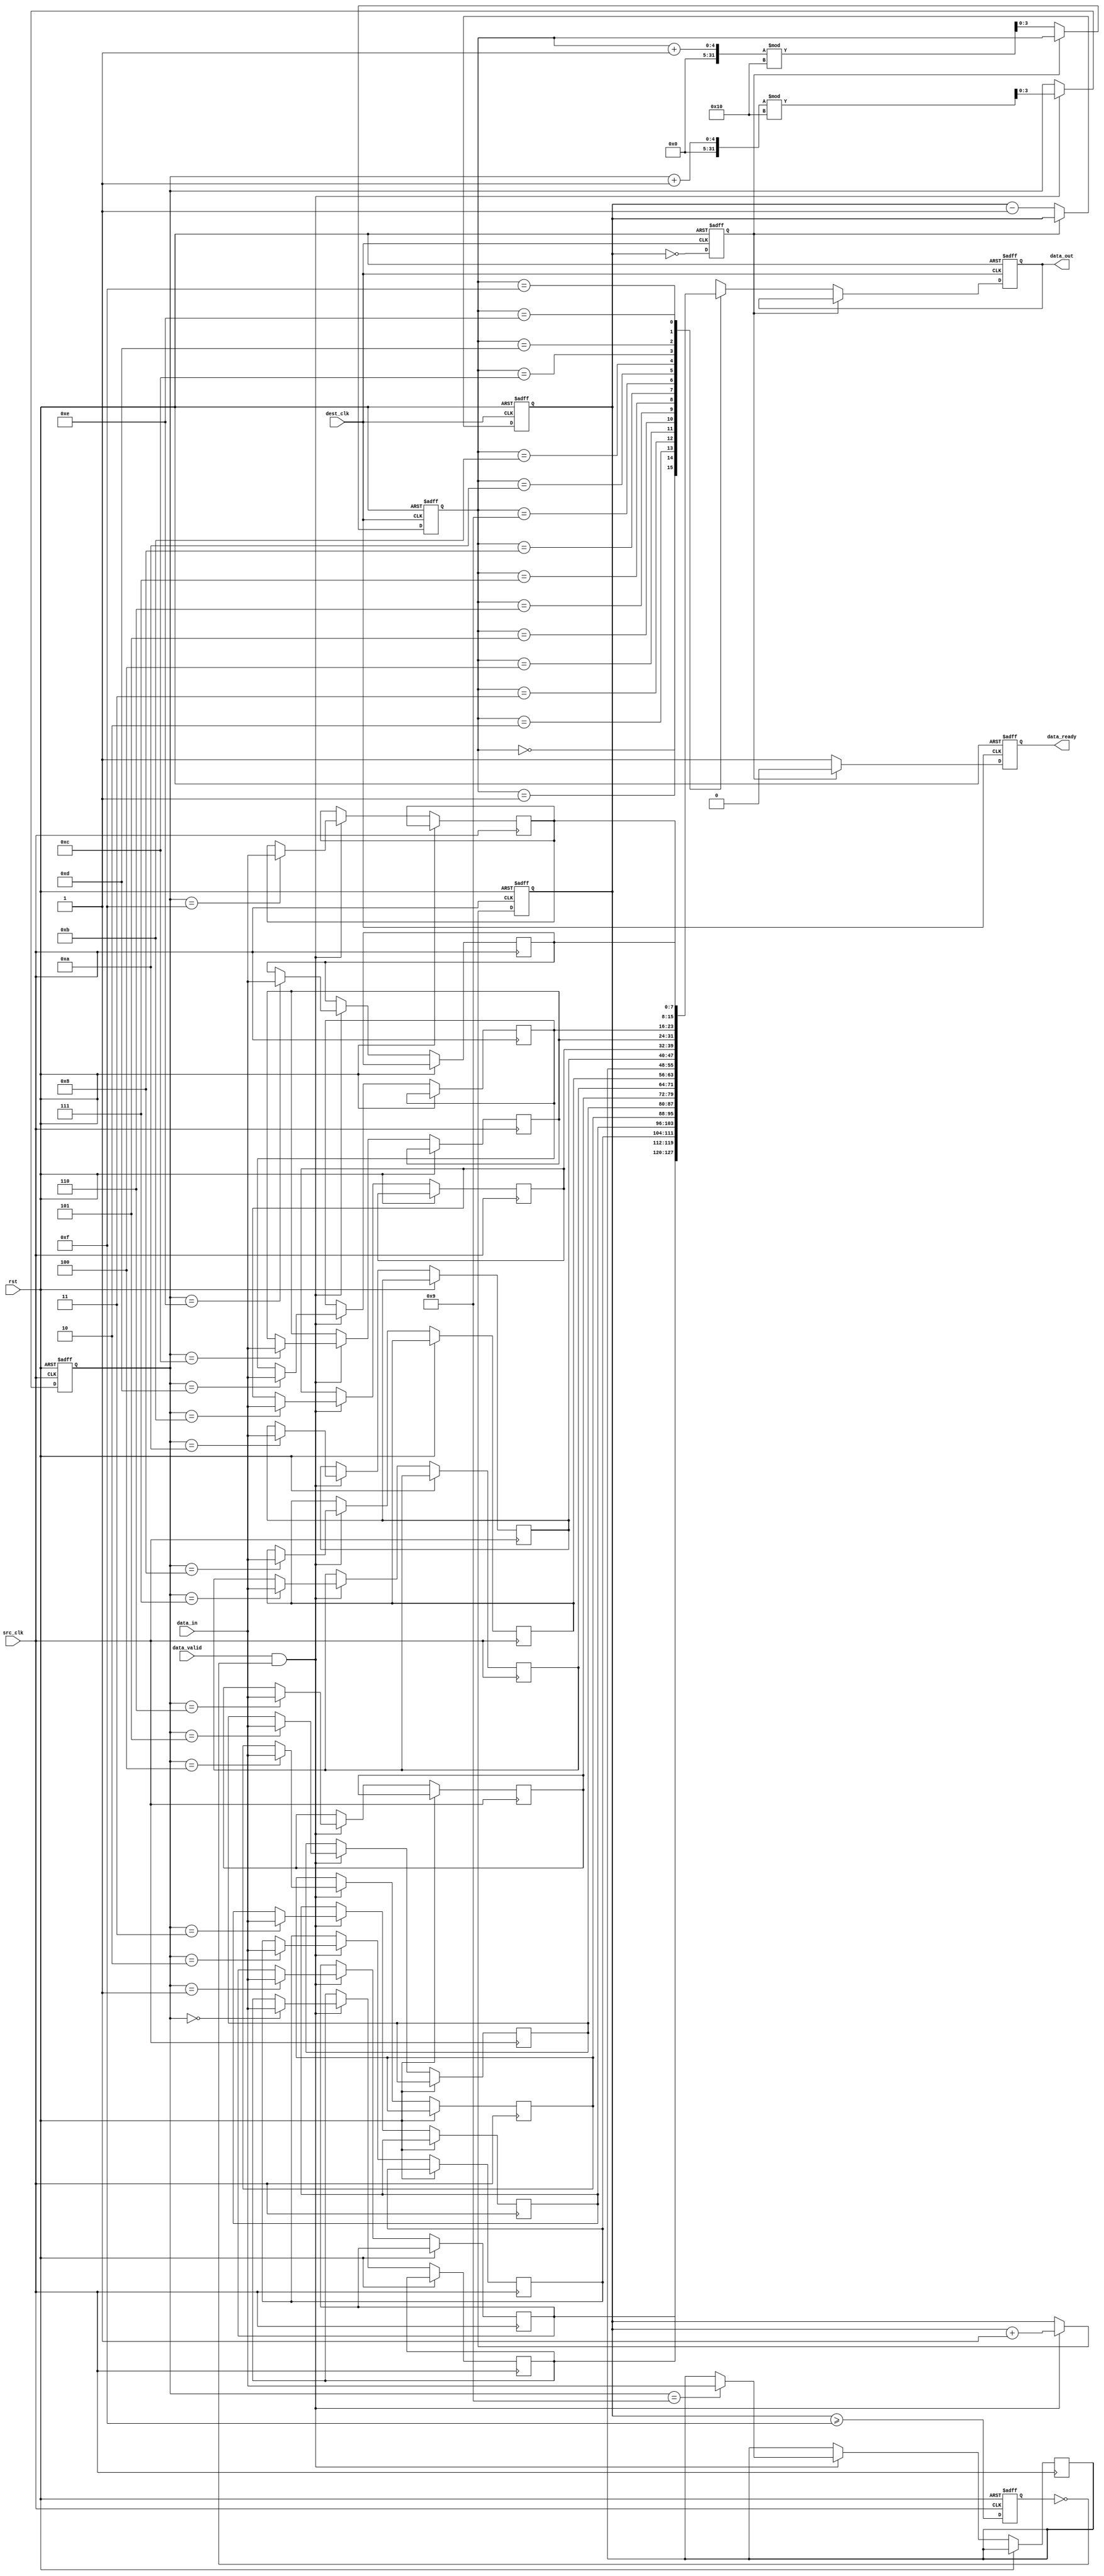
module MemoryBlocksPipelineSynchronizer #(
    parameter DATA_WIDTH = 8,   // Width of the data
    parameter FIFO_DEPTH = 16    // Depth of the FIFO
)(
    input wire src_clk,          // Source clock
    input wire dest_clk,         // Destination clock
    input wire rst,              // Reset signal
    input wire [DATA_WIDTH-1:0] data_in,  // Input data from source domain
    input wire data_valid,       // Input data valid signal
    output reg [DATA_WIDTH-1:0] data_out, // Output data to destination domain
    output reg data_ready        // Output data ready signal
);

    // FIFO declarations
    reg [DATA_WIDTH-1:0] fifo_mem [0:FIFO_DEPTH-1];
    reg [3:0] write_ptr, read_ptr;  // Write and read pointers
    reg [3:0] fifo_count;            // Count of items in FIFO

    // Synchronization registers
    reg [DATA_WIDTH-1:0] sync_reg1, sync_reg2;

    // Handshaking signals
    reg fifo_full, fifo_empty;

    // Write operation in source clock domain
    always @(posedge src_clk or posedge rst) begin
        if (rst) begin
            write_ptr <= 0;
            fifo_count <= 0;
            fifo_full <= 0;
        end else begin
            if (data_valid && !fifo_full) begin
                fifo_mem[write_ptr] <= data_in; // Store data in FIFO
                write_ptr <= (write_ptr + 1) % FIFO_DEPTH;
                fifo_count <= fifo_count + 1;
            end
            fifo_full <= (fifo_count >= FIFO_DEPTH - 1);
        end
    end

    // Read operation in destination clock domain
    always @(posedge dest_clk or posedge rst) begin
        if (rst) begin
            read_ptr <= 0;
            fifo_count <= 0;
            fifo_empty <= 1;
            data_ready <= 0;
            data_out <= 0;
        end else begin
            if (!fifo_empty) begin
                data_out <= fifo_mem[read_ptr]; // Read data from FIFO
                read_ptr <= (read_ptr + 1) % FIFO_DEPTH;
                fifo_count <= fifo_count - 1;
                data_ready <= 1;
            end else begin
                data_ready <= 0;
            end
            fifo_empty <= (fifo_count == 0);
        end
    end

    // Synchronization logic for data signals across clock domains
    always @(posedge dest_clk or posedge rst) begin
        if (rst) begin
            sync_reg1 <= 0;
            sync_reg2 <= 0;
        end else begin
            sync_reg1 <= data_out; // First stage of synchronization
            sync_reg2 <= sync_reg1; // Second stage of synchronization
        end
    end

endmodule